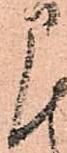
に